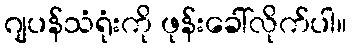
ဂျပန်သံရုံးကို ဖုန်းခေါ်လိုက်ပါ။